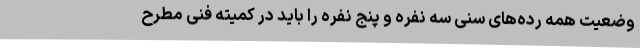
وضعیت همه رده‌های سنی سه نفره و پنج نفره را باید در کمیته فنی مطرح